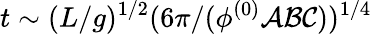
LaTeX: t\sim(L/g)^{1/2}(6\pi/(\phi^{(0)}\mathcal{A}\mathcal{B}\mathcal{C}))^{1/4}